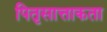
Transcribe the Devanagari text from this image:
पितृसात्ताकता